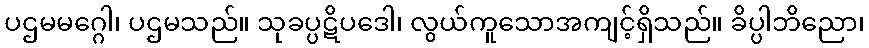
ပဌမမဂ္ဂေါ၊ ပဌမသည်။ သုခပ္ပဋိပဒေါ၊ လွယ်ကူသောအကျင့်ရှိသည်။ ခိပ္ပါဘိညော၊